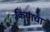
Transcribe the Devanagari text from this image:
कियाचा